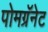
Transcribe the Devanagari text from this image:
पोमग्रॅनेट